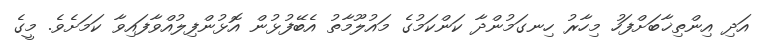
އަދި އިންތިޚާބަށްފަހު މިހާރު ހިނގަމުންދާ ކަންކަމުގެ މައުލޫމާތު އެބޭފުޅުން އޮޅުންފިލުއްވާފައިވާ ކަމަށެވެ. މީގެ